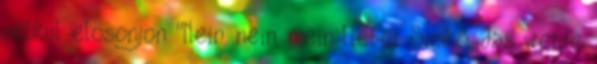
nélkül elosonjon "Nein, nein, mein lieber Simkó, das werde